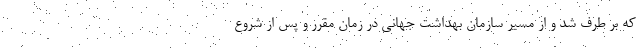
که بر طرف شد و از مسیر سازمان بهداشت جهانی در زمان مقرر و پس از شروع